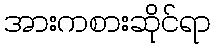
အားကစားဆိုင်ရာ